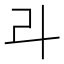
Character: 𠦁